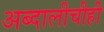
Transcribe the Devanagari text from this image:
अब्दालीचीही